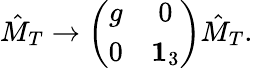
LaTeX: \hat{M}_{T}\rightarrow\left(\begin{array}{cc}{{g}}&{{0}}\\ {{0}}&{{{\mathbf 1}_{3}}}\end{array}\right)\hat{M}_{T}.